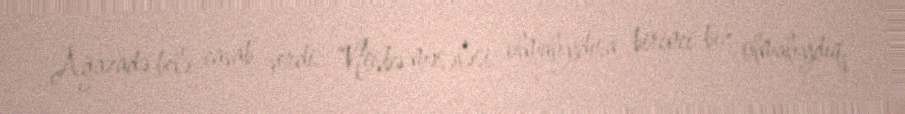
Ağazadə belə cavab verdi: “Növbə məsələsi olmalıydısa, birinci biz olmalıydıq.